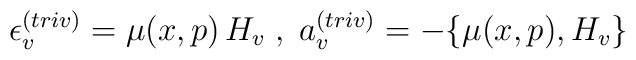
\epsilon^{(triv)}_v = \mu(x,p) \, H_v\;,\; a_v^{(triv)}=- \{\mu(x,p),H_v\}